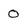
Character: 0